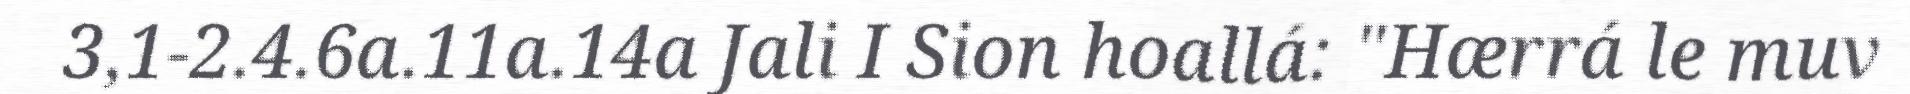
3,1-2.4.6a.11a.14a Jali I Sion hoallá: "Hærrá le muv